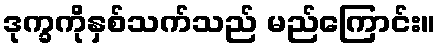
ဒုက္ခကိုနှစ်သက်သည် မည်ကြောင်း။